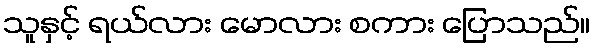
သူနှင့် ရယ်လား မောလား စကား ပြောသည်။